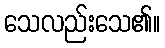
သေလည်းသေ၏။